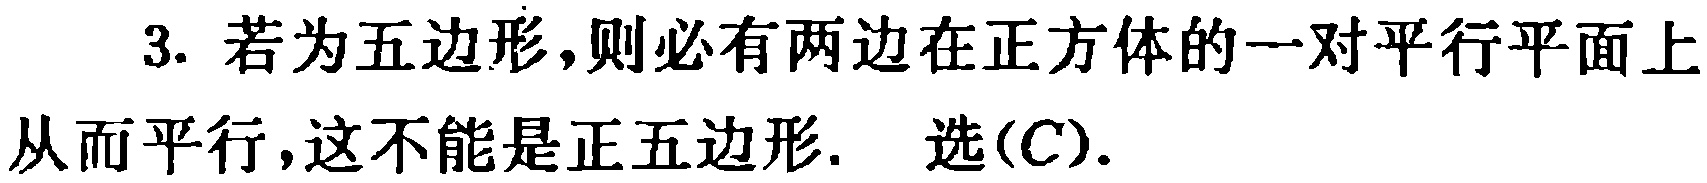
3. 若为五边形,则必有两边在正方体的一对平行平面上

从而平行,这不能是正五边形. 选(C).